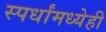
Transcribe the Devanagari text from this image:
स्पर्धांमध्येही